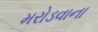
મરોડવાના